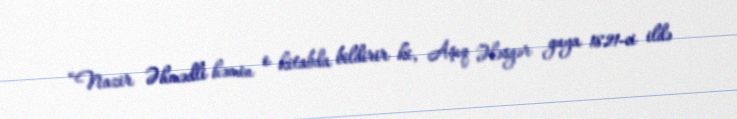
“Nazir Əhmədli həmin o kitabda bildirir ki, Aşıq Ələsgər guya 1821-ci ildə